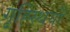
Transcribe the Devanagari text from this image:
गृह्स्थियों